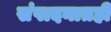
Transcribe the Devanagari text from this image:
संपादनातही